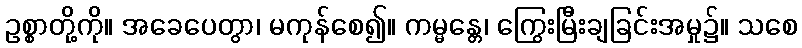
ဥစ္စာတို့ကို။ အခေပေတွာ၊ မကုန်စေ၍။ ကမ္မန္တေ၊ ကြွေးမြီးချခြင်းအမှု၌။ သစေ